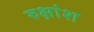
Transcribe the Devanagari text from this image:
रुक्षांश